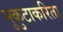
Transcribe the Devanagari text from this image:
मुकुटाकरिता